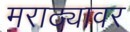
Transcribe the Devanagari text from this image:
मराठ्यावर